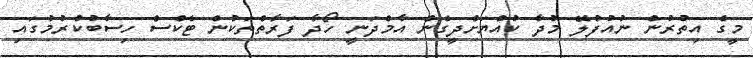
މީގެ އިތުރުން ނުއުފުލޭ މުދާ ކުއްޔަށްދީގެން އާމްދަނީ ހޯދާ ފަރާތްތަކުން ޓެކްސް ހިސާބުކުރުމުގައި